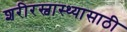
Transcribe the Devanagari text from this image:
शरीरस्वास्थ्यासाठी